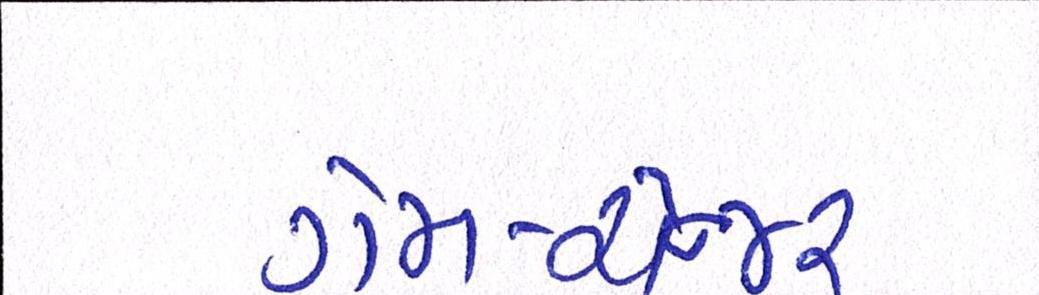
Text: ગેમ-ચેન્જર